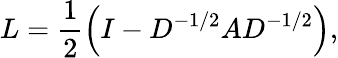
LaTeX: L=\frac{1}{2}\left(I-D^{-1/2}AD^{-1/2}\right),